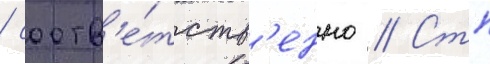
/ соотв'е́тств'енно // Стп